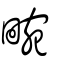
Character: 畹